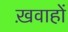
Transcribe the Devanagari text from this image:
ख़वाहों